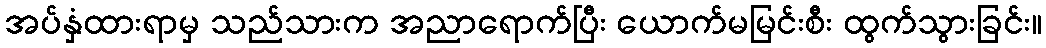
အပ်နှံထားရာမှ သည်သားက အညာရောက်ပြီး ယောက်မမြင်းစီး ထွက်သွားခြင်း။